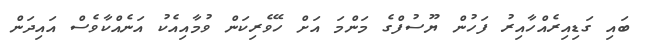
ބައި ގަޑިއިރެއްހާއިރު ފަހުން ޔޫސުފްގެ މަންމަ އަށް ހޭވެރިކަން ވުމާއިއެކު އަނެއްކާވެސް އައިދަން